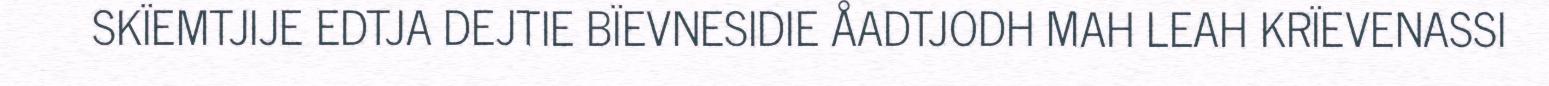
SKÏEMTJIJE EDTJA DEJTIE BÏEVNESIDIE ÅADTJODH MAH LEAH KRÏEVENASSI